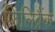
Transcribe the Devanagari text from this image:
फिलिब्रैंक